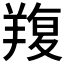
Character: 𦎭